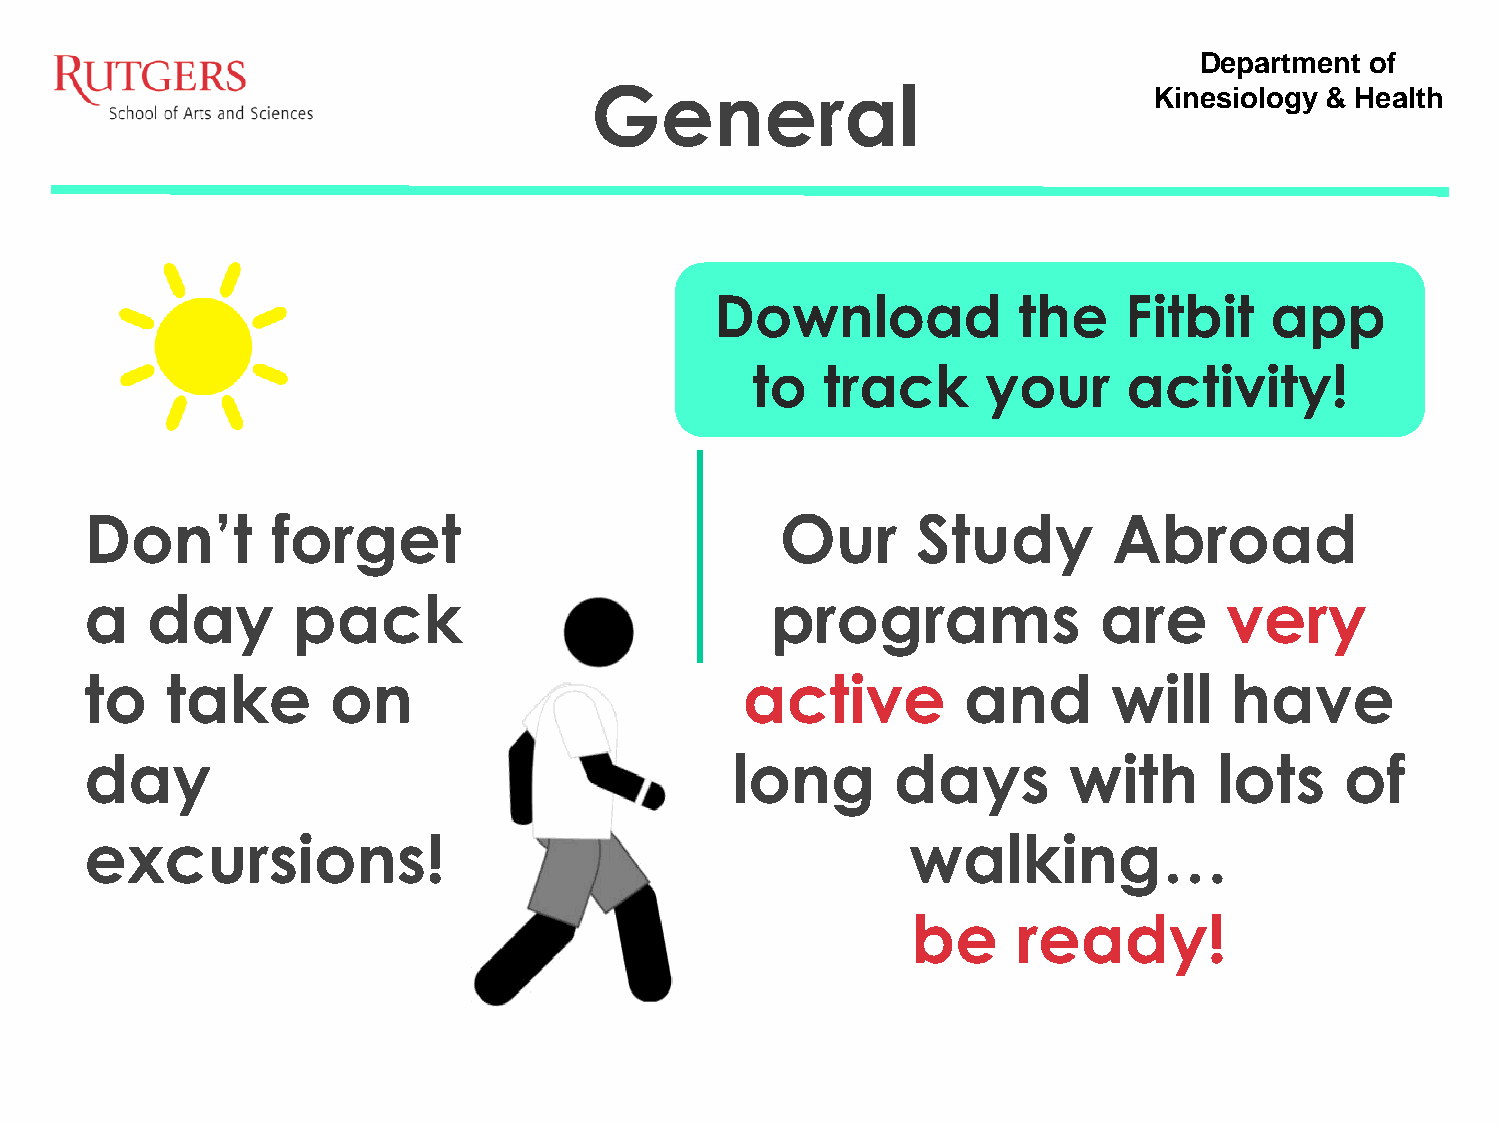
Department  of
 General                              Kinesiology & Health
 Download            the    Fitbit    app
 to   track     your      activity!
 Don’t       forget                            Our      Study        Abroad
 a   day      pack                            programs              are     very
 to   take       on                         active         and       will   have
 day                                       long       days        with      lots    of
 excursions!                                           walking…
 be     ready!